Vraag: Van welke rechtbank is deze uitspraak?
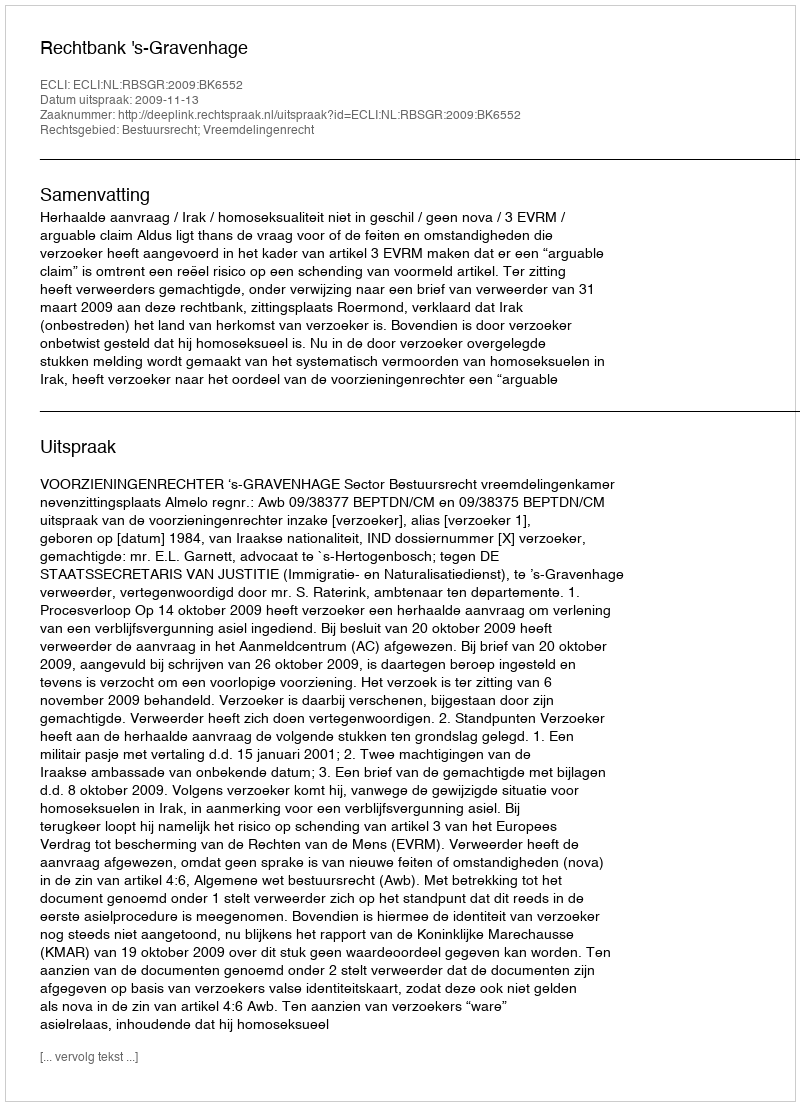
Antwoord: Rechtbank 's-Gravenhage